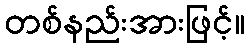
တစ်နည်းအားဖြင့်။